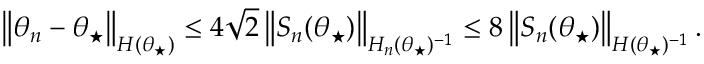
\begin{array} { r } { \left\lVert \theta _ { n } - \theta _ { \star } \right\rVert _ { H ( \theta _ { \star } ) } \le 4 \sqrt { 2 } \left\lVert S _ { n } ( \theta _ { \star } ) \right\rVert _ { H _ { n } ( \theta _ { \star } ) ^ { - 1 } } \le 8 \left\lVert S _ { n } ( \theta _ { \star } ) \right\rVert _ { H ( \theta _ { \star } ) ^ { - 1 } } . } \end{array}